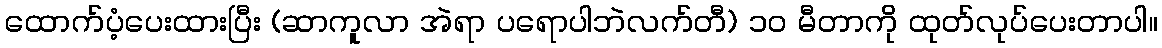
ထောက်ပံ့ပေးထားပြီး (ဆာကူလာ အဲရာ ပရောပါဘဲလက်တီ) ၁၀ မီတာကို ထုတ်လုပ်ပေးတာပါ။